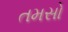
તમસો